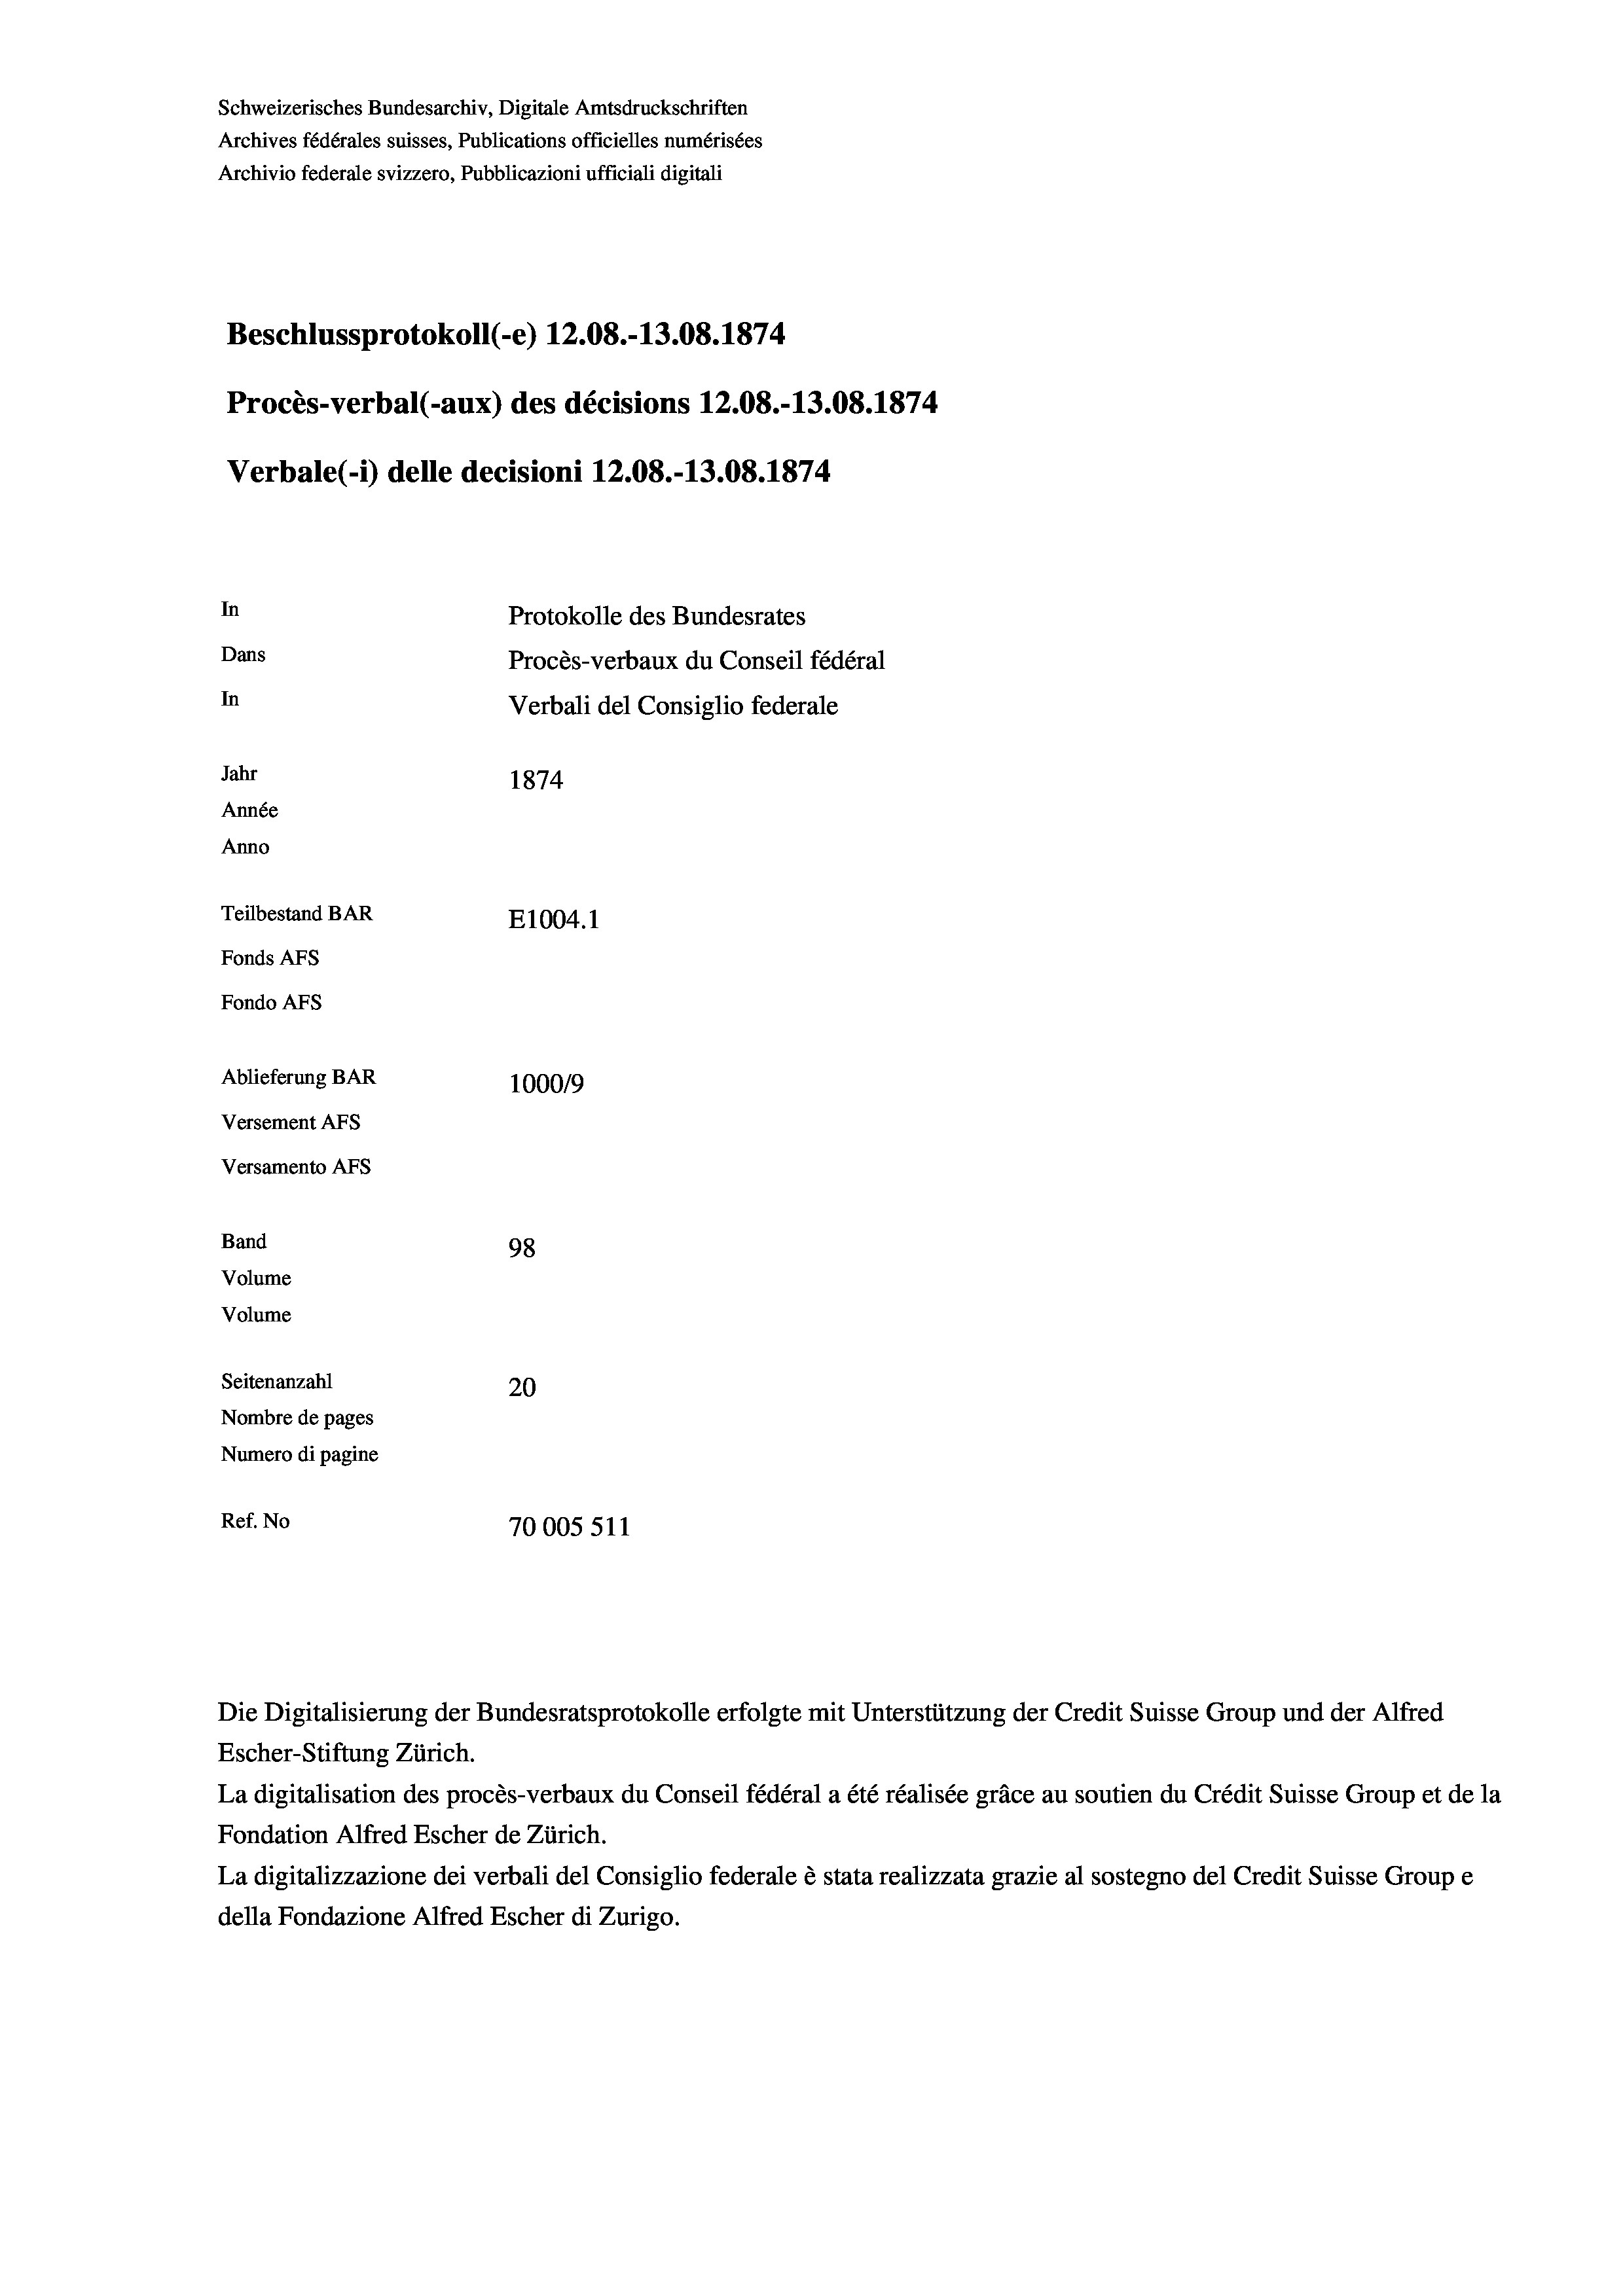
Schweizerisches Bundesarchiv, Digitale Amtsdruckschriften
Archives fédérales suisses, Publications officielles numérisées
Archivio federale svizzero, Pubblicazioni ufficiali digitali
Beschlussprotokoll (-e) 12.08.-13.08. 1874
Procès-verbal (-aux) des décisions 12.08.-13.08. 1874
Verbale (- 1) delle decisioni 12.08.-13.08. 1874
In
Protokolle des Bundesrates
Dans
Procès-verbaux du Conseil fédéral
In
Verbali del Consiglio federale
Jahr
1874
Année
Anno
Teilbestand BAR
E1004. 1
Fonds AFs
Fondo AFS
Ablieferung BAR
100019
Versement AFs
Versamento AFs
Band
98

Volume
Volume
Seitenanzahl
20
Nombre de pages
Numero di pagine
Ref. No
70005 511

Die Digitalisierung der Bundesratsprotokolle erfolgte mit Unterstützung der Credit Suisse Group und der Alfred
Escher-Stiftung Zürich.
La digitalisation des procès-verbaux du Conseil fédéral a été réalisée gräce au soutien du Crédit Suisse Group et de la
Fondation Alfred Escher de Zürich.
La digitalizzazione dei verbali del Consiglio federale è stata realizzata grazie al sostegno del Credit Suisse Groupe
della Fondazione Alfred Escher di Zurigo.